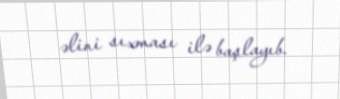
əlini sıxması ilə başlayıb.